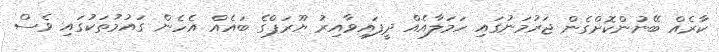
ކާރެއް ބޭނުންކޮށްގެން ޖަރުމަނުގައި ހަމަލާއެއް ދީފައިވާއިރު ޔޫރަޕްގެ ބައެއް އެހެން ގައުމުތަކުގައި ވެސް